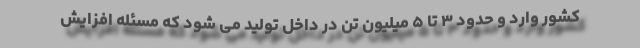
کشور وارد و حدود ۳ تا ۵ میلیون تن در داخل تولید می شود که مسئله افزایش